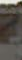
-